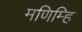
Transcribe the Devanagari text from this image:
मणिम्हि